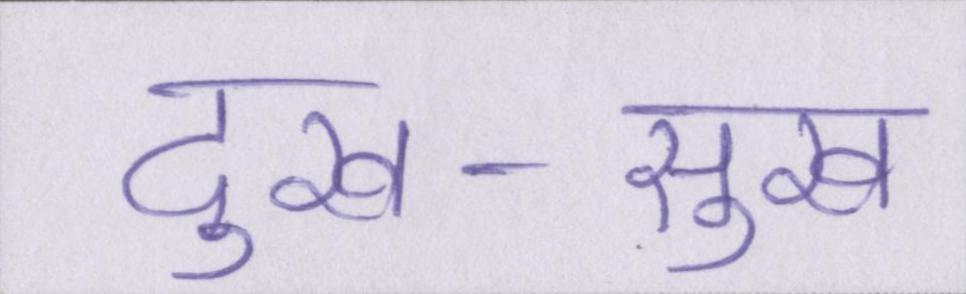
दुख-सुख